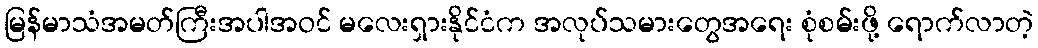
မြန်မာသံအမတ်ကြီးအပါအဝင် မလေးရှားနိုင်ငံက အလုပ်သမားတွေအရေး စုံစမ်းဖို့ ရောက်လာတဲ့